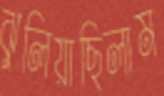
ঝুলিয়াছিলাম